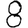
Digit: 8